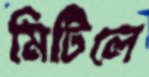
মিটিলে